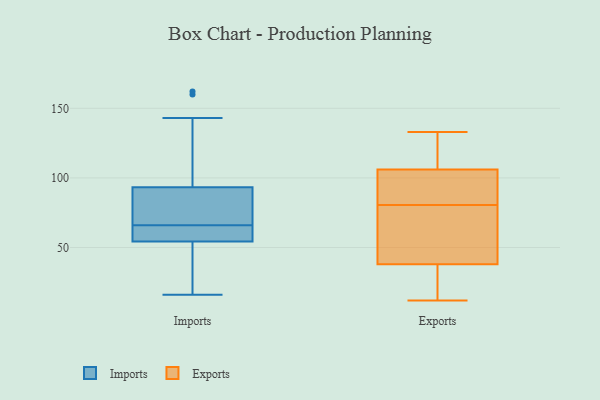
{"axis": {"x": "Inventory Turnover", "y": "Value"}, "legend": ["Exports", "Imports"], "data": [{"x": "", "y": 52, "type": "Imports"}, {"x": "", "y": 162, "type": "Imports"}, {"x": "", "y": 59, "type": "Imports"}, {"x": "", "y": 65, "type": "Imports"}, {"x": "", "y": 85, "type": "Imports"}, {"x": "", "y": 91, "type": "Imports"}, {"x": "", "y": 54, "type": "Imports"}, {"x": "", "y": 55, "type": "Imports"}, {"x": "", "y": 160, "type": "Imports"}, {"x": "", "y": 143, "type": "Imports"}, {"x": "", "y": 16, "type": "Imports"}, {"x": "", "y": 87, "type": "Imports"}, {"x": "", "y": 66, "type": "Imports"}, {"x": "", "y": 45, "type": "Imports"}, {"x": "", "y": 94, "type": "Imports"}, {"x": "", "y": 77, "type": "Exports"}, {"x": "", "y": 84, "type": "Exports"}, {"x": "", "y": 20, "type": "Exports"}, {"x": "", "y": 12, "type": "Exports"}, {"x": "", "y": 36, "type": "Exports"}, {"x": "", "y": 133, "type": "Exports"}, {"x": "", "y": 122, "type": "Exports"}, {"x": "", "y": 93, "type": "Exports"}, {"x": "", "y": 53, "type": "Exports"}, {"x": "", "y": 106, "type": "Exports"}, {"x": "", "y": 38, "type": "Exports"}, {"x": "", "y": 40, "type": "Exports"}, {"x": "", "y": 106, "type": "Exports"}, {"x": "", "y": 104, "type": "Exports"}]}